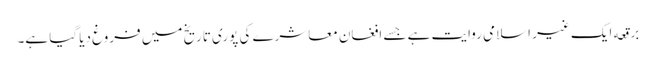
برقعه ایک غیر اسلامی روایت ہے جسے افغان معاشرے کی پوری تاریخ میں فروغ دیا گیا ہے۔